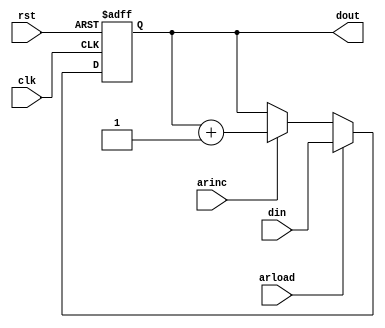
/**/
module ar(din, clk, rst,arload, arinc, dout);
input[15:0] din;
input clk,rst,arload, arinc;
output [15:0]dout;
reg [15:0]dout;
always@(posedge clk or negedge rst)
	if(!rst)
		dout<=0;
	else	if(arload)
		dout<=din;
	else if(arinc)
		dout<=dout+1;
endmodule